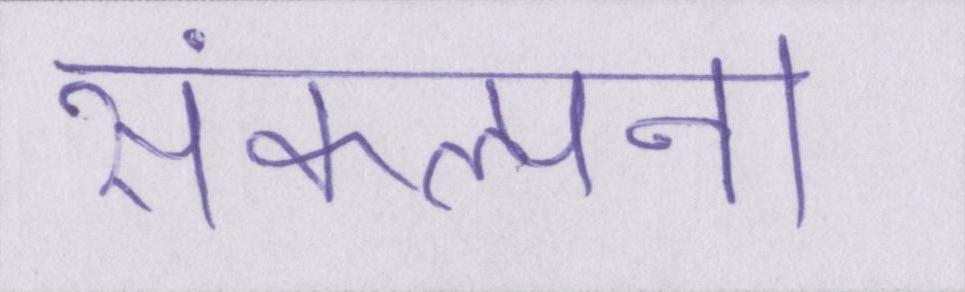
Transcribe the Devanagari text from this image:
संकल्पना